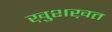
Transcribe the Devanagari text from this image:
ख़ुशख़त